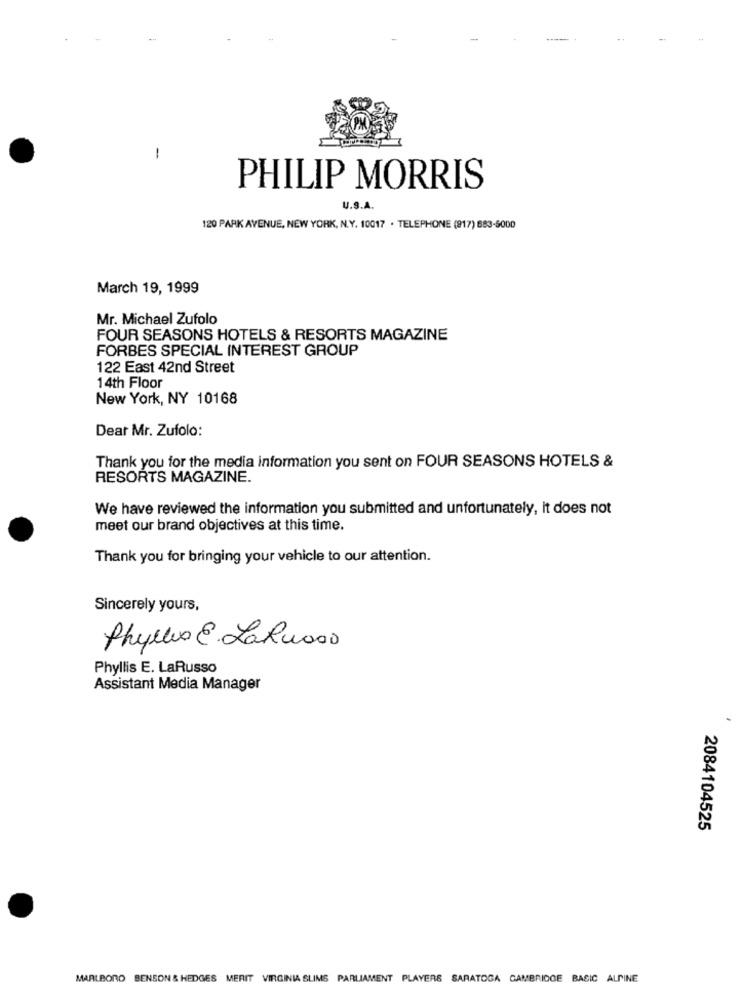
-
PHILIP MORRIS
120 PARK AVENUE, NEW YORK, N.Y. 10017 . TELEPHONE (917) 683-5000
March 19, 1999
Mr. Michael Zufolo
FOUR SEASONS HOTELS & RESORTS MAGAZINE
FORBES SPECIAL INTEREST GROUP
122 East 42nd Street
14th Floor
New York, NY 10168
Dear Mr. Zufolo:
Thank you for the media information you sent on FOUR SEASONS HOTELS &
RESORTS MAGAZINE.
We have reviewed the information you submitted and unfortunately, it does not
meet our brand objectives at this time.
Thank you for bringing your vehicle to our attention.
Sincerely yours,
Phyllis@.LaRusso
Phyllis E. LaRusso
Assistant Media Manager
2084104525
MARLBORO BENSON & HEDGES MERIT VIRGINIA SLIMS PARLIAMENT PLAYERS SARATOGA CAMBRIDGE BASIC ALPINE